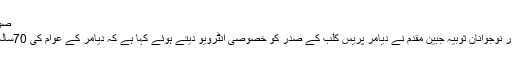
صوبائی وزیر وومن ڈویلپمنٹ و امور نوجوانان ثوبیہ جبین مقدم
چلاس (مجیب الرحمان) صوبائی وزیر وومن ڈویلپمنٹ و امور نوجوانان ثوبیہ جبین مقدم نے دیامر پریس کلب کے صدر کو خصوصی انٹرویو دیتے ہوئے کہا ہے کہ دیامر کے عوام کی 70سالہ محرومیوں کا ازالہ کرنے کی بھر پور کوششیں جاری ہیں۔